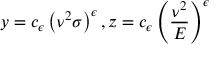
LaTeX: y = c _ { \epsilon } \left( \nu ^ { 2 } \sigma \right) ^ { \epsilon } , z = c _ { \epsilon } \left( \frac { \nu ^ { 2 } } { E } \right) ^ { \epsilon }